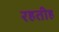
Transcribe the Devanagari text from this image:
रहतीह